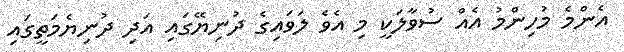
އެންމެ މުހިންމު އެއް ސުވާލަކީ މި އެވެ ލަވައިގެ ދުނިޔޭގައި އަދި ދުނިޔެމަތީގައި